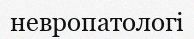
невропатологі